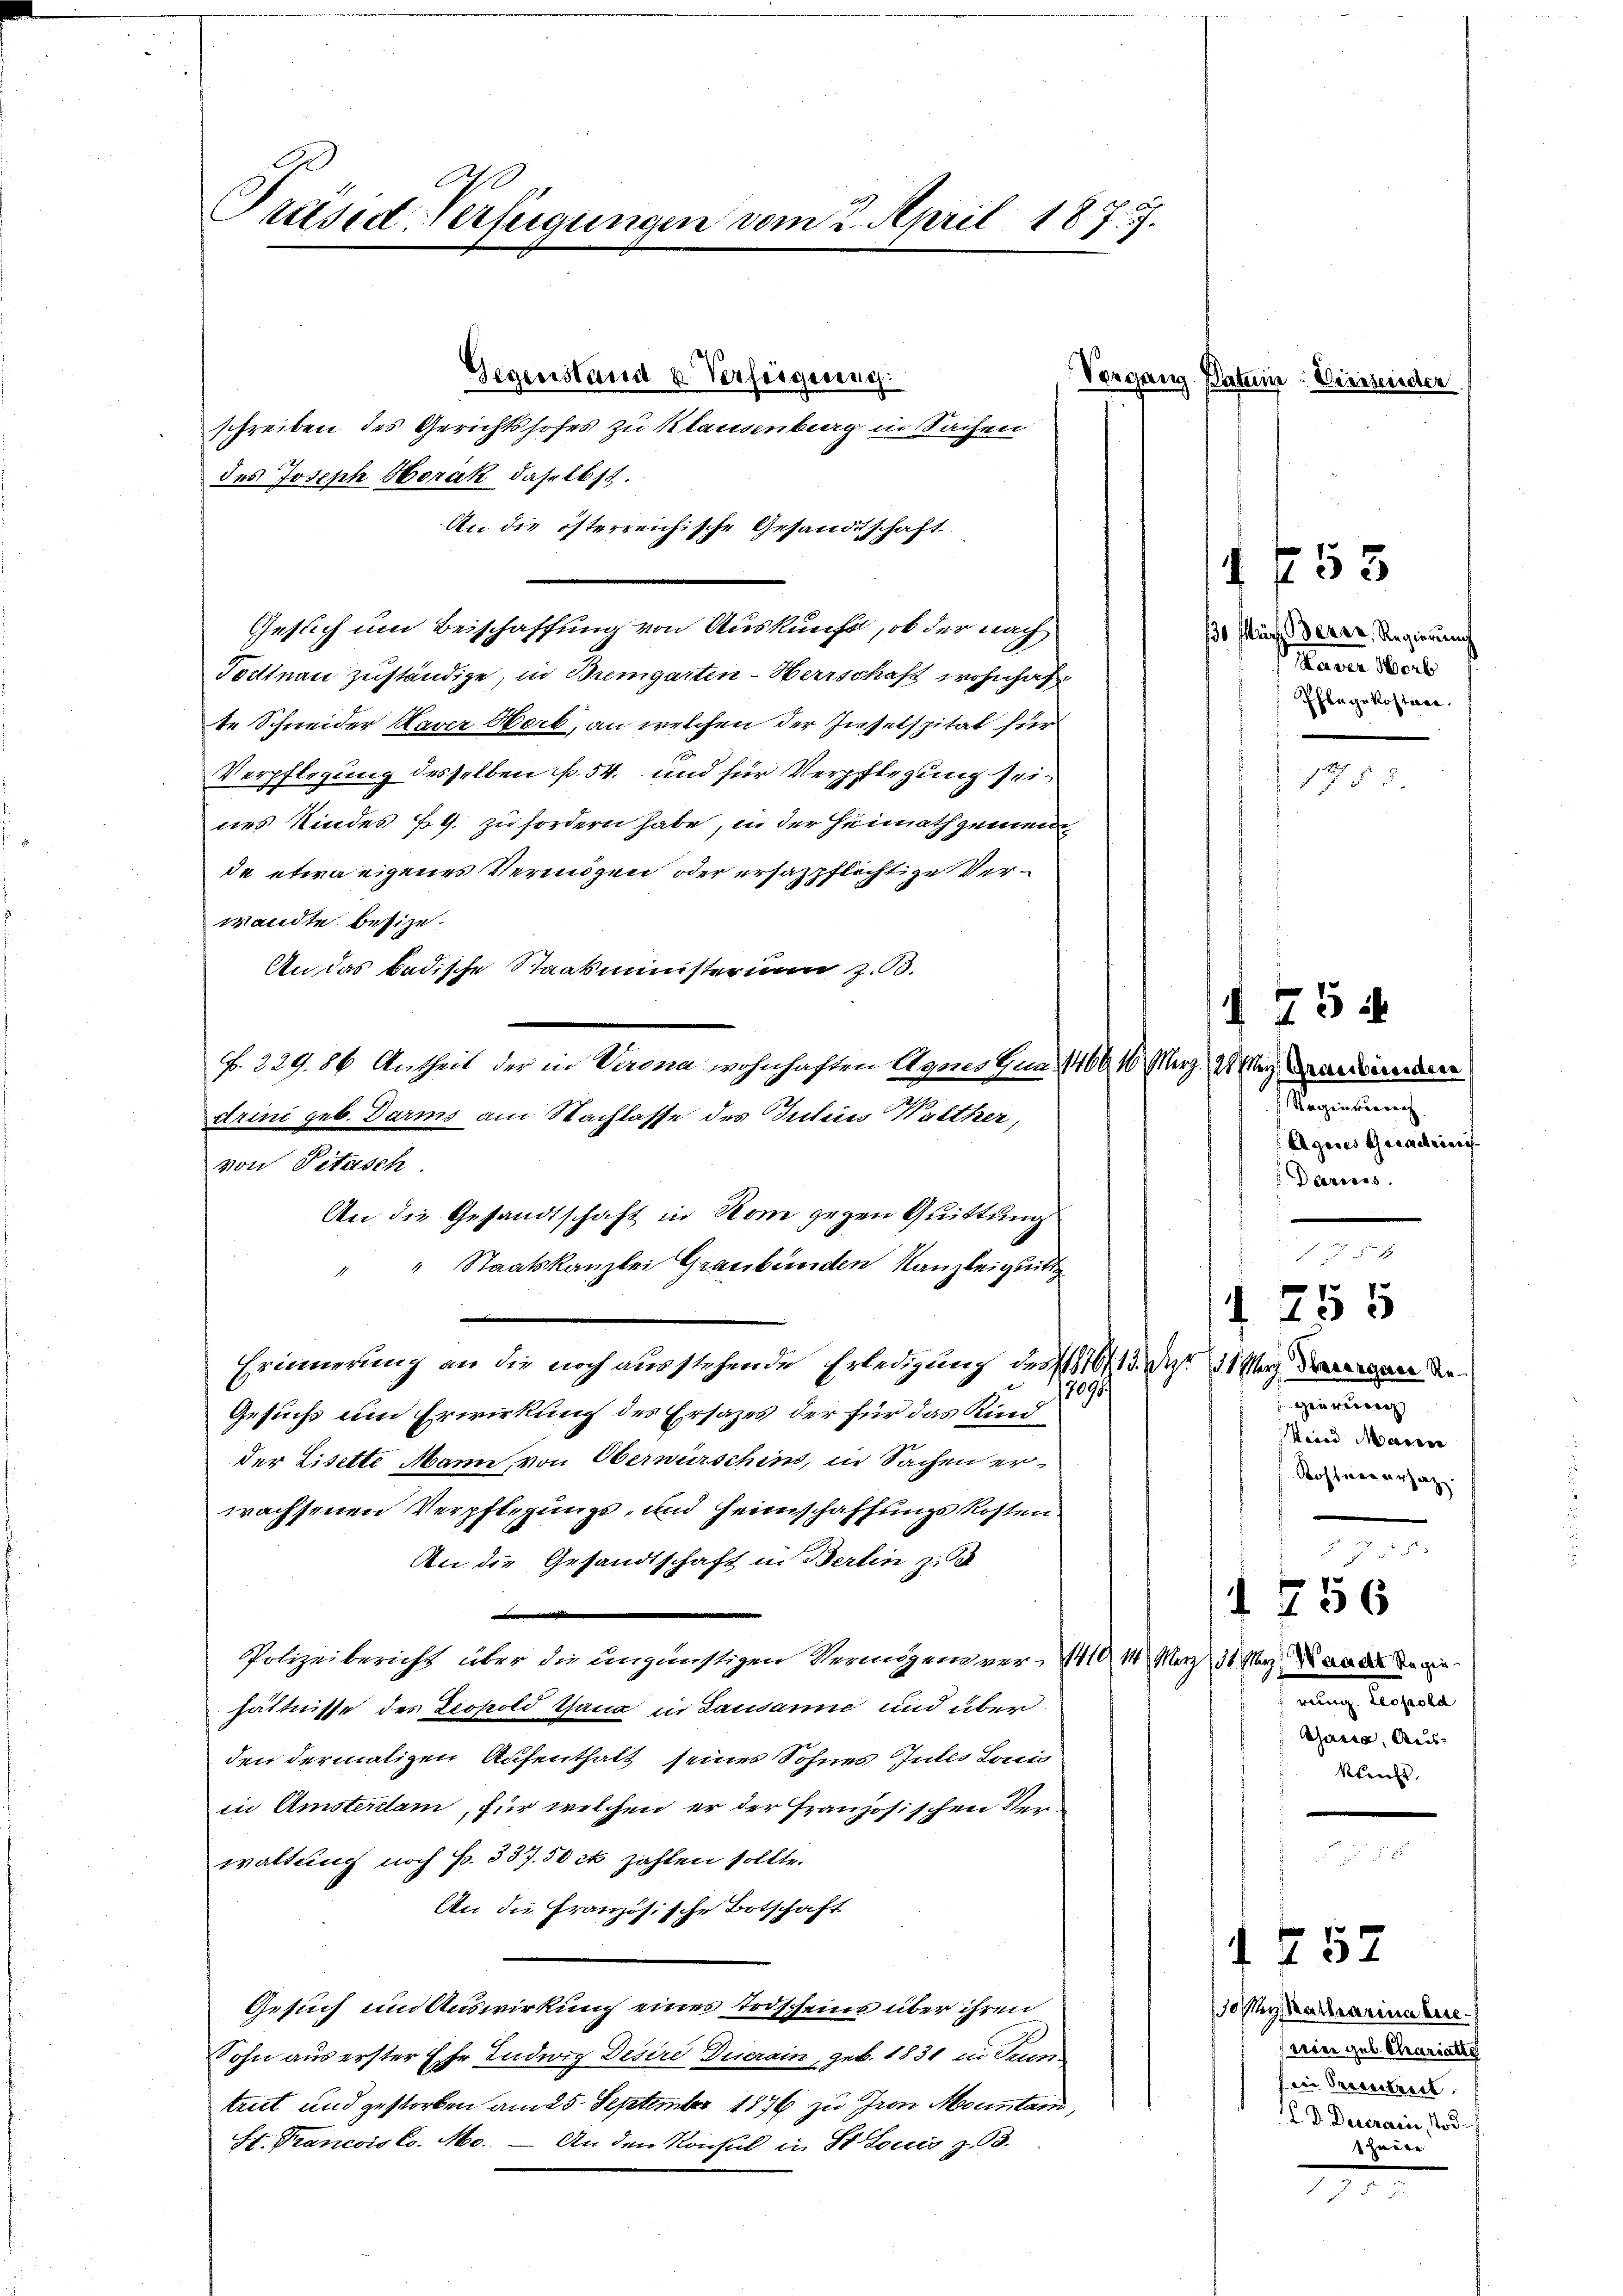
Präsid-Verfügungen vom 2. April 1875.

B. 229. 86 Antheil der in Verona wohnhaften Agnes Gua, 1466, 10. Merz, 2 Kinde
Arini geb. Darms am Nachlasse des Julii Walther,
An die Gesandtschaft in Rom gegen Quittung

Gegenstand u. Verfeigenng
schreiben des Gerichtshofes zu Klausenberg in Sachen
des Joseph Horak daselbst.
An die österreichische Gesandtschaft
Gesuch um Beischaffung von Auskunft, ob der nach
Todtnau zuständige, in Bremgarten-Herrschaft wohnhafte Schneider Xaver Werb, an welchen der Inselspital für
Verpflegung desselben p. 54. – und für Verpflegung sein
nes Kindes PG. zu fordern habe, in der Heimathgemein
de etwa eigenes Vermögen oder ersatzpflichtige Verwandte besize.
An das badische Staatsministerium z. B.
von Pitasch.
" " Staatskanzlei Graubünden Kanzleiquitt
Erinnerung an die noch ausstehende Erledigung des 1876/13., das 131 er den an de
17091.
Gesuchs um Erwirkung des Ersazes der für das Kind
der Lisette Mann von Obernirschins, in Sachen erwachsenen Verpflegungs- und Heimschaffungskosten
An die Gesandtschaft in Berlin zu
Polizeibericht über die ungünstigen Vermögen ver- 110 10 Merz ds Merz ande dage
hältnisse des Leopold Gang in Lausanne und überden dermaligen Aufenthalt seiner Sohnes Gutes Louis
in Amstenlam, für welchen er der Französischen Ver-
waltung noch p. 337.50 ct zahlen sollte.
An die Französische Botschaft
Gesuch ein Auswirkung eines Todscheins über ihren
Sohn aus erster Ehe Ludwig Desire Diserain, geb. 1831 in Trun
treit und gestorben am 25. September 1876 zu Gron Mountari,
St. Francois Co. Mo. — An den Konsul in St. Louis z. 93.

Vorgang Datum. Viersender

1 f 53

1 755

1 757

130. März derer, Regierung
Harre Herb
Phlegekostner.
ih
pf § 8.

1 754
Regierung
Agues Quadrinit
Darcess

Hiernach
ain Marie
Kosterersatz.

1756
reinig. Leopold
Gasia, Aus-
klricht,

osten Katharina bere
seren geb. Chariatt
in Recentreit.
C. D. Decrain, Tod.
halte